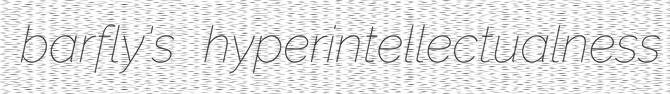
barfly's hyperintellectualness